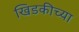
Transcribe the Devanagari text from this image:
खिडकीच्या